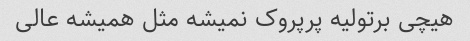
هیچی برتولیه پرپروک نمیشه مثل همیشه عالی